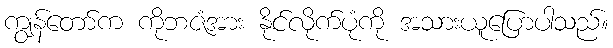
ကျွန်တော်က ကိုဘဇံအား နိုင်လိုက်ပုံကို အသားယူပြောပါသည်။